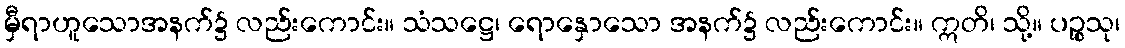
မှီရာဟူသောအနက်၌ လည်းကောင်း။ သံသဋ္ဌေ၊ ရောနှောသော အနက်၌ လည်းကောင်း။ ဣတိ၊ သို့။ ပဉ္စသု၊